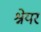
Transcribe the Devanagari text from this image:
श्नेयर